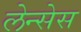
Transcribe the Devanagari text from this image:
लेन्सेस